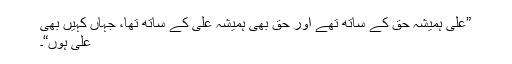
”علی ہمیشہ حق کے ساتھ تھے اور حق بھی ہمیشہ علی کے ساتھ تھا، جہاں کہیں بھی
علی ہوں“۔